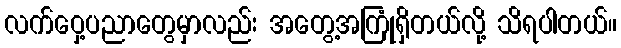
လက်ဝှေ့ပညာတွေမှာလည်း အတွေ့အကြုံရှိတယ်လို့ သိရပါတယ်။